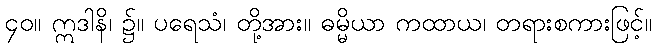
၄၀။ ဣဒါနိ၊ ၌။ ပရေသံ၊ တို့အား။ ဓမ္မိယာ ကထာယ၊ တရားစကားဖြင့်။